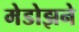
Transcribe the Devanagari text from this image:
मेडोझने